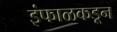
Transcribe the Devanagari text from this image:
इंफाळकडून